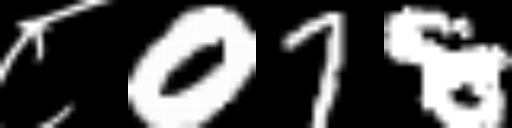
Text: ८078